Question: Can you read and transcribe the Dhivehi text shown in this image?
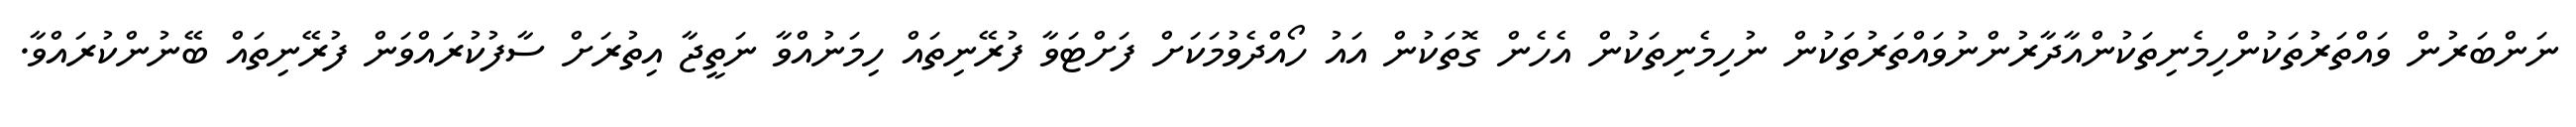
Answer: ނަންބަރުން ވައްތަރުތަކުންހިމެނިތަކުންއާދާރުންނުވައްތަރުތަކުން ނުހިމެނިތަކުން އެހެން ގޮތަކުން އައު ހޯއްދެވުމަކަށް ފަށްޓަވާ ފުރޭނިތައް ހިމަނުއްވާ ނަތީޖާ އިތުރަށް ސާފުކުރައްވަން ފުރޭނިތައް ބޭނުންކުރައްވާ.